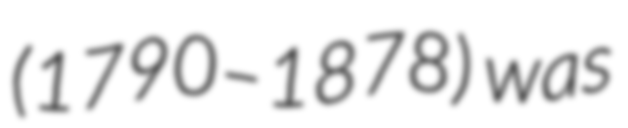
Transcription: (1790–1878) was